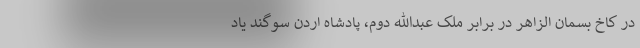
در کاخ بسمان الزاهر در برابر ملک عبدالله دوم،‌ پادشاه اردن سوگند یاد